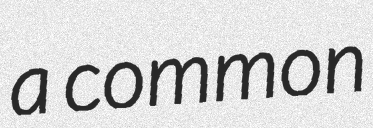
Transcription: a common